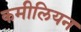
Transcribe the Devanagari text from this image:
कमीलियन